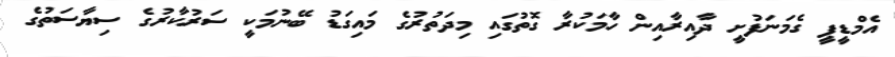
އެމްޑީޕީ ގެމަނަފުށީ ދާއިރާއިން ހާމަކުރާ ގޮތުގައި މިދަތުރުގެ މައިގަޑު ބޭނުމަކީ ސަރުކާރުގެ ސިޔާސަތުގެ